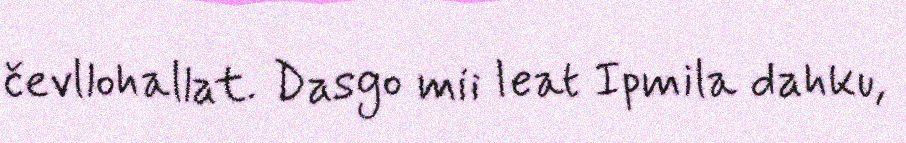
čevllohallat. Dasgo mii leat Ipmila dahku,